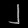
Digit: ၂